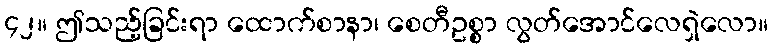
၄၂။ ဤသည့်ခြင်းရာ ထောက်စာနာ၊ စေတီဥစ္စာ လွတ်အောင်လေရှဲလော။